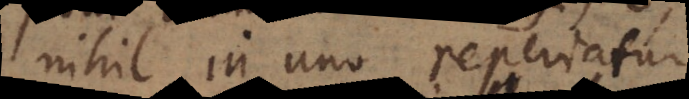
nihil in uno reperiatur,